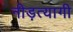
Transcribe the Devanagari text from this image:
नीड़त्यागी